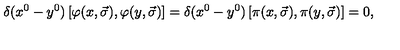
\delta ( x ^ { 0 } - y ^ { 0 } ) \left[ \varphi ( x , \vec { \sigma } ) , \varphi ( y , \vec { \sigma } ) \right] = \delta ( x ^ { 0 } - y ^ { 0 } ) \left[ \pi ( x , \vec { \sigma } ) , \pi ( y , \vec { \sigma } ) \right] = 0 ,